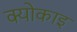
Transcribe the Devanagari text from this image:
क्योकाइ